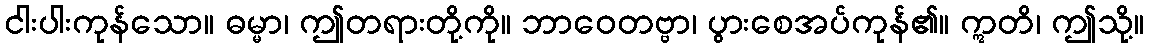
ငါးပါးကုန်သော။ ဓမ္မာ၊ ဤတရားတို့ကို။ ဘာဝေတဗ္ဗာ၊ ပွားစေအပ်ကုန်၏။ ဣတိ၊ ဤသို့။